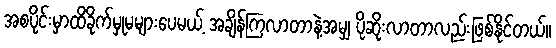
အစပိုင်းမှာထိခိုက်မှုမများပေမယ့် အချိန်ကြလာတာနဲ့အမျှ ပိုဆိုးလာတာလည်းဖြစ်နိုင်တယ်။